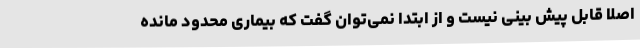
اصلا قابل پیش بینی نیست و از ابتدا نمی‌توان گفت که بیماری محدود مانده